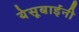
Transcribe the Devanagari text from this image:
येसूबाईंनी